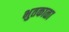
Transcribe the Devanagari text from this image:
भुतकाळा